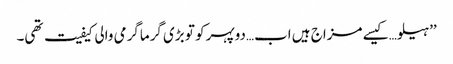
’’ہیلو…کیسے مزاج ہیں اب…دوپہر کو تو بڑی گرماگرمی والی کیفیت تھی۔